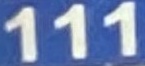
111